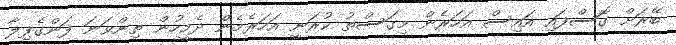
ބޭރަށް ގޮސްފައި އައިސް އަހަރެން މިގަސްތު ކުރަނީ އަހަރެމެން ދެމީހުން ތިންވަނަ ފަންގެފިލާ